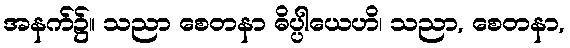
အနက်၌။ သညာ စေတနာ ဓိပ္ပါယေဟိ၊ သညာ, စေတနာ,